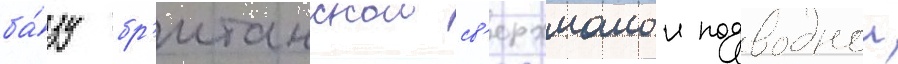
ба́зу бр'итанскои св'ерхмалои подводнои